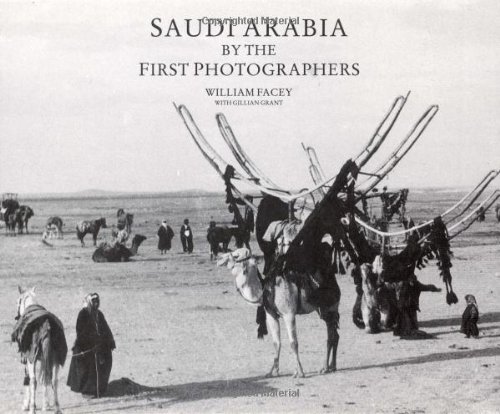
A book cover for Saudi Arabia by the First Photographers; William Facey; History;